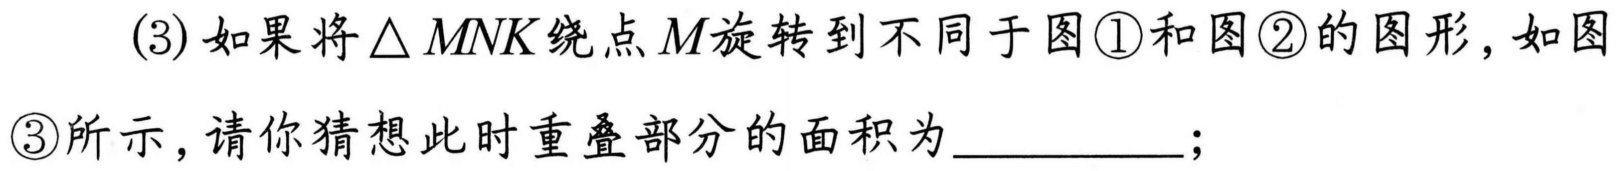
(3)如果将\(\triangle MNK\)绕点\(M\)旋转到不同于图\textcircled{1}和图\textcircled{2}的图形，如图
\textcircled{3}所示，请你猜想此时重叠部分的面积为  ；